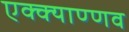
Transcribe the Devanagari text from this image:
एक्क्याण्णव